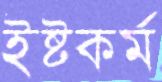
ইষ্টকর্ম